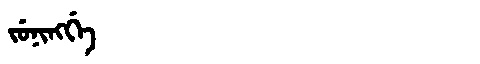
Manchu: ᠵᡠᠨᡳᠩᡤᡝ
Romanization: JUNINGGE